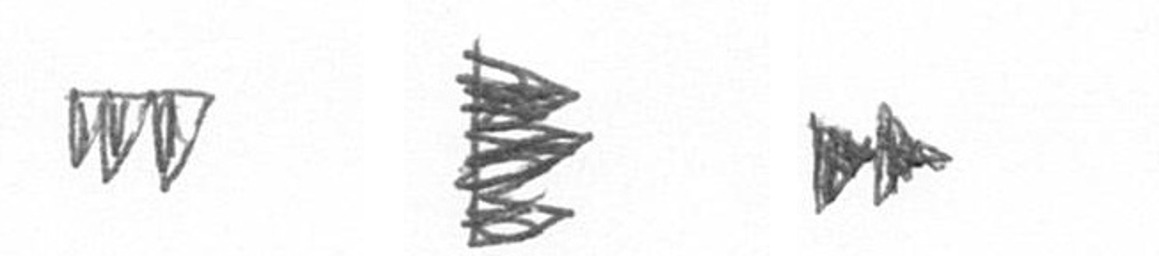
L H A